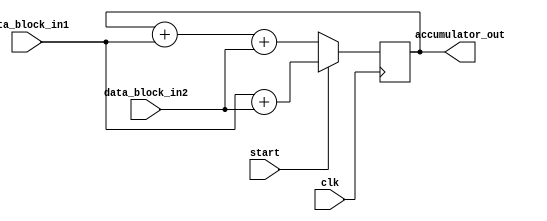
module Parallel_Accumulator (
    input clk,
    input [15:0] data_block_in1,
    input [15:0] data_block_in2,
    input start,
    output reg [15:0] accumulator_out
);

reg [15:0] accumulator_reg;

always @(posedge clk) begin
    if (start) begin
        accumulator_reg <= data_block_in1 + data_block_in2;
    end else begin
        accumulator_reg <= accumulator_reg + data_block_in1 + data_block_in2;
    end
end

assign accumulator_out = accumulator_reg;

endmodule